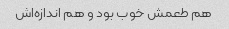
هم طعمش خوب بود و هم اندازه‌اش